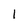
Character: 1